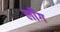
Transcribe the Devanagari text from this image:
लॉँग